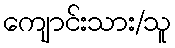
ကျောင်းသား/သူ